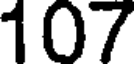
107